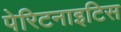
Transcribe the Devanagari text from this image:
पेरिटनाइटिस